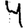
Digit: 4